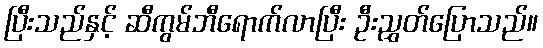
ပြီးသည်နှင့် ဆီကွမ်ဘီရောက်လာပြီး ဦးညွှတ်ပြောသည်။